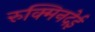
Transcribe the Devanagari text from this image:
रुक्मिनदेई